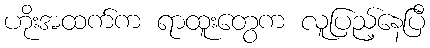
ဟိုးအထက်က ရာထူးတွေက လူပြည့်နေပြီ